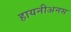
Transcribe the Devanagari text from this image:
हायनीअनस